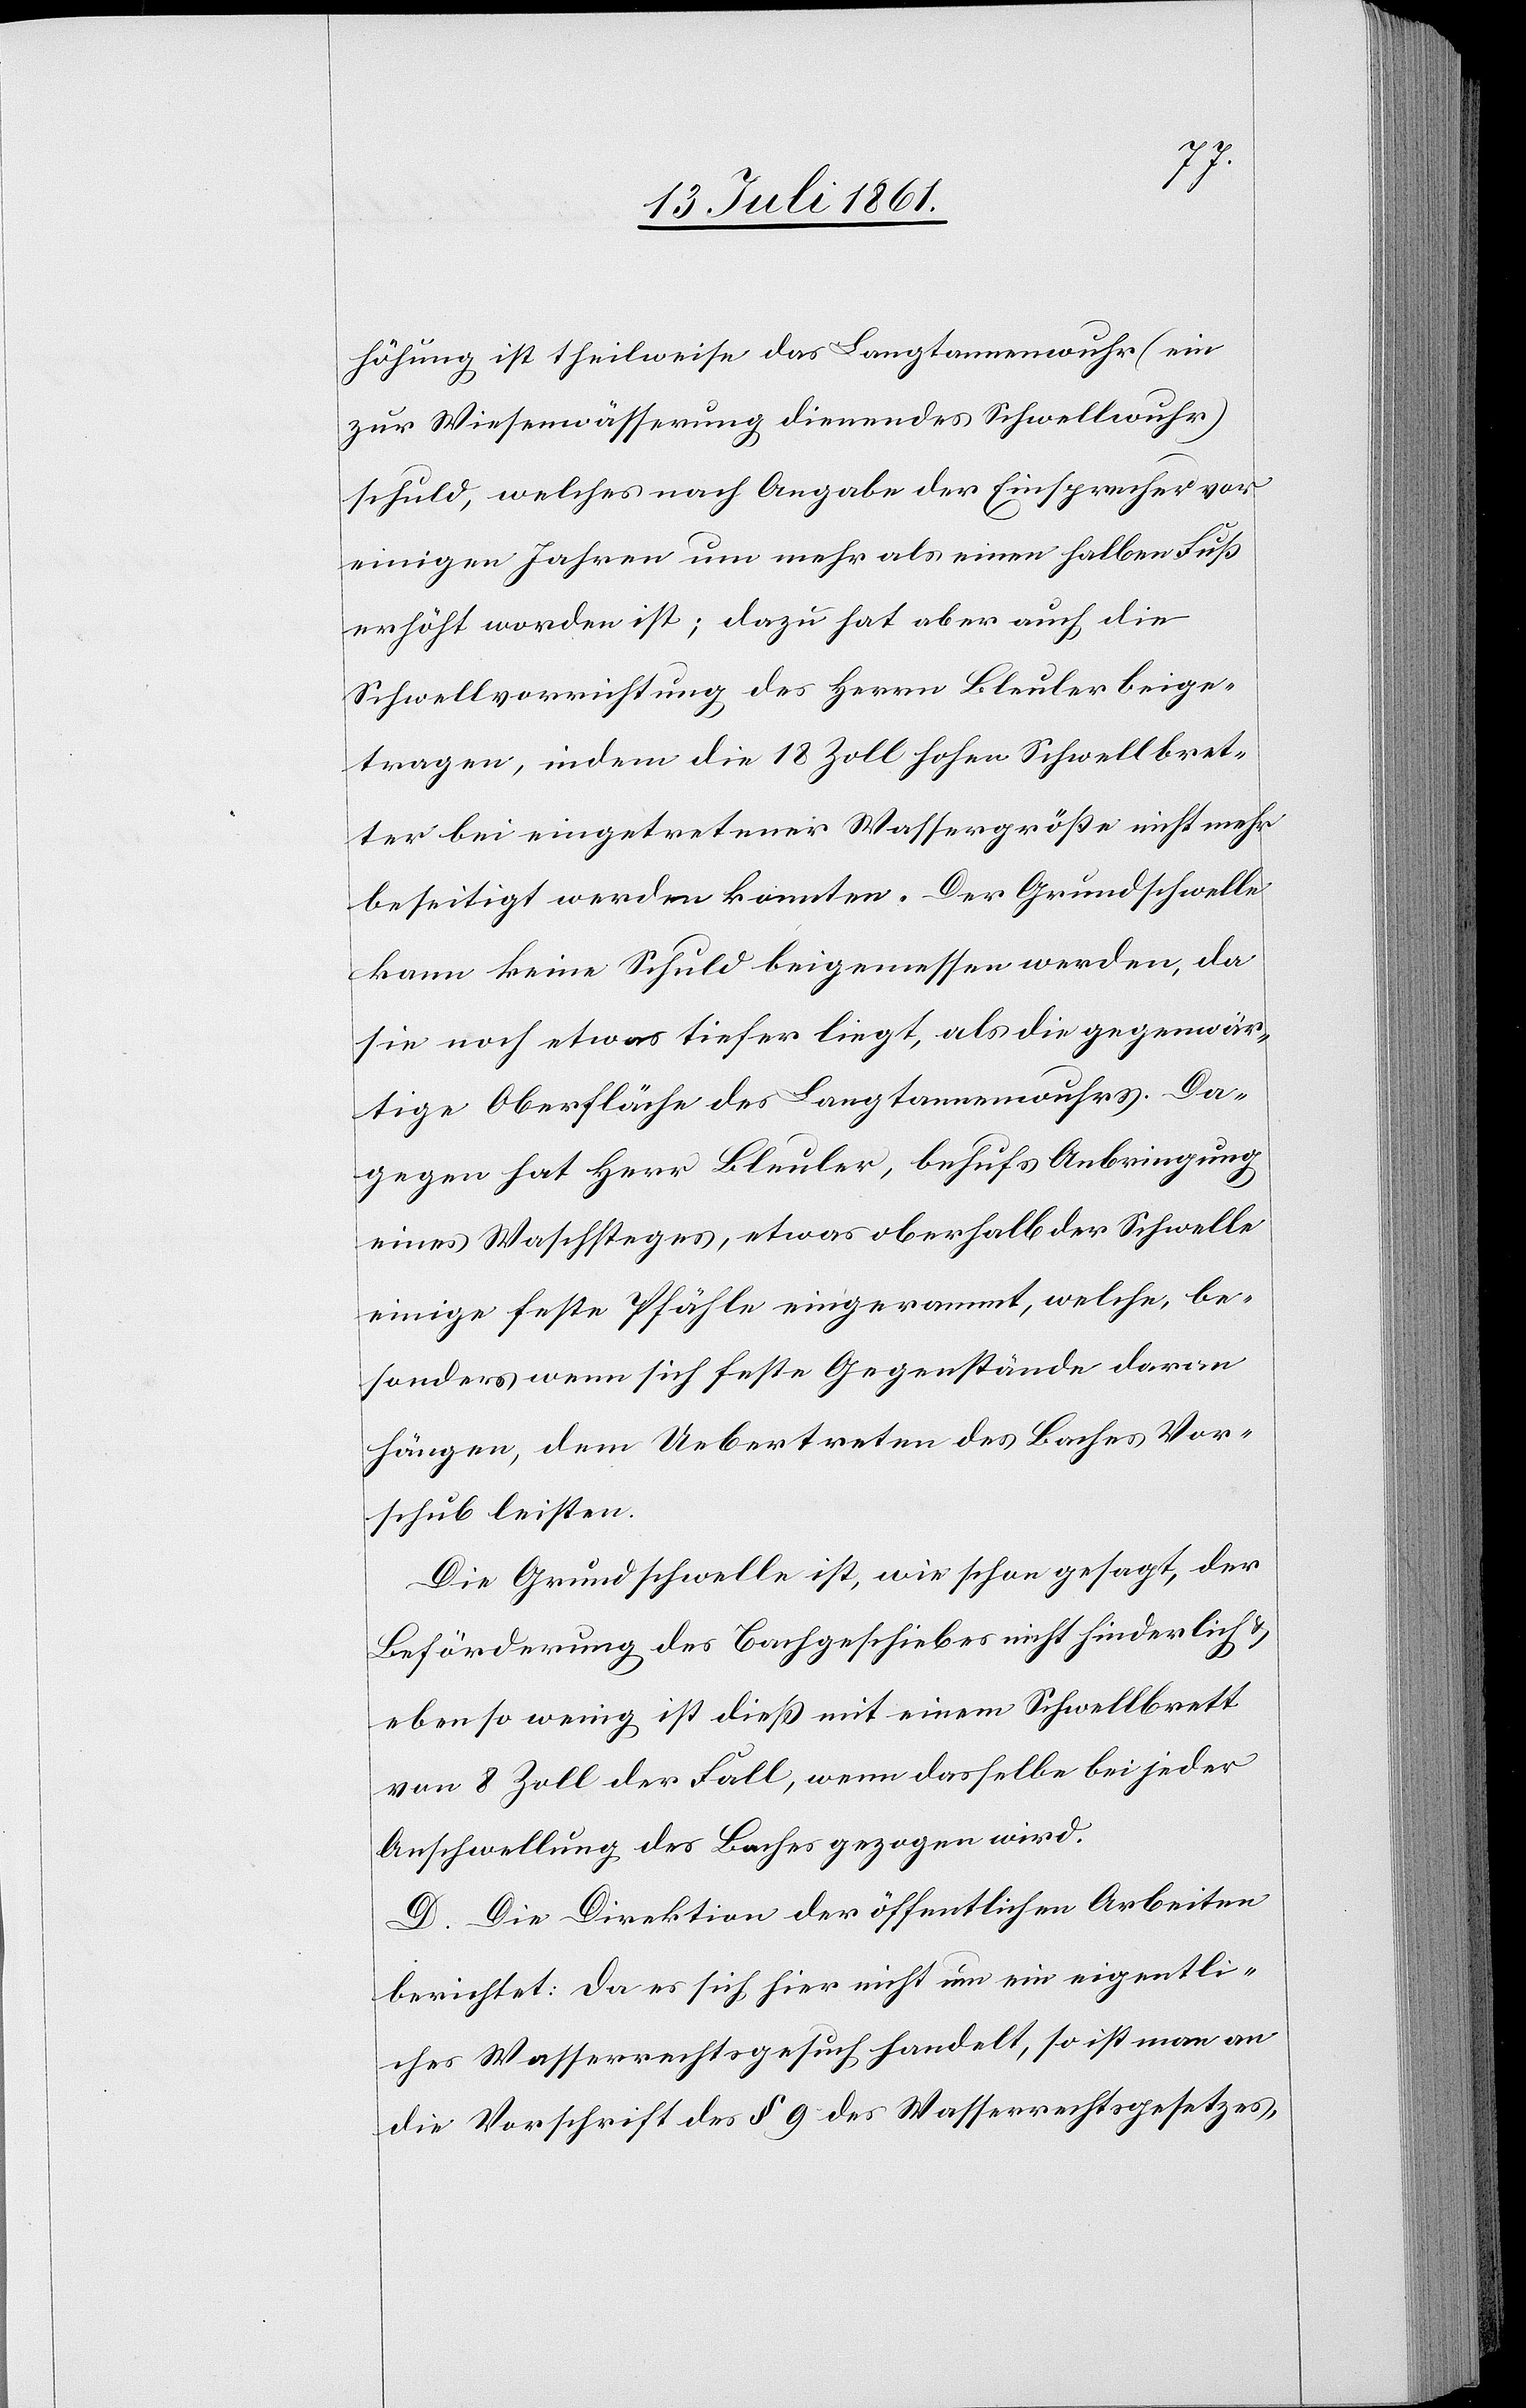
höhung ist theilweise das Langtannenwuhr (ein
zur Wiesenwässerung dienendes Schwellwuhr)
schuld, welches nach Angabe der Einsprecher vor
einigen Jahren um mehr als einen halben Fuß
erhöht worden ist; dazu hat aber auch die
Schwellvorrichtung des Herrn Bleuler beige¬
tragen, in dem die 18 Zoll hohen Schwellbret¬
ter bei eingetretener Wassergröße nicht mehr
beseitigt werden konnten. Der Grundschwelle
kann keine Schuld beigemessen werden, da
sie noch etwas tiefer liegt, als die gegenwär¬
tige Oberfläche des Langtannenwuhres. Da¬
gegen hat Herr Bleuler, behufs Anbringung
eines Waschsteges, etwas oberhalb der Schwelle
einige feste Pfähle eingeraumt, welche, be¬
sonders wenn sich feste Gegenstände daran
hängen, dem Uebertreten des Baches Vor¬
schub leisten.
Die Grundschwelle ist, wie schon gesagt, der
Beförderung des Bachgeschiebes nicht hinderlich u.
ebenso wenig ist dieß mit einem Schwellbrett
von 8 Zoll der Fall, wenn dasselbe bei jeder
Anschwellung des Baches gezogen wird.
D. Die Direktion der öffentlichen Arbeiten
berichtet: Da es sich hier nicht um ein eigentli¬
ches Wasserrechtsgesuch handelt, so ist man an
die Vorschrift des § 9 des Wasserrechtsgesetzes,